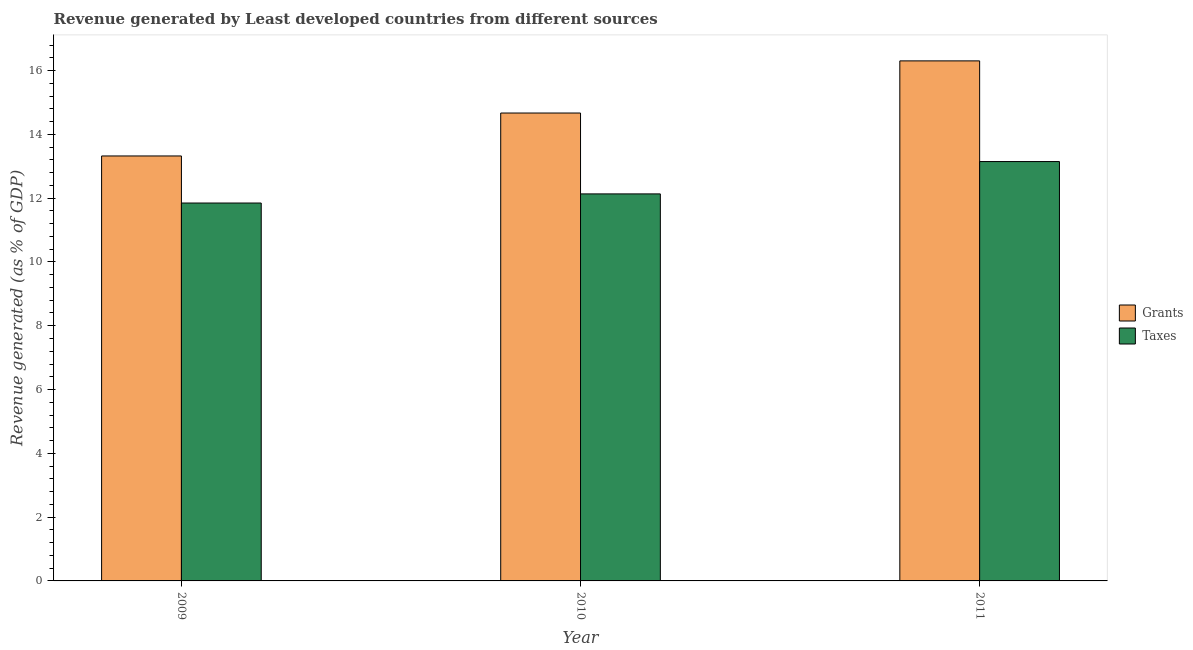
| Year | Grants | Taxes |
 | --- | --- | --- |
 | 2009 | 13.3 | 11.8 |
 | 2010 | 14.7 | 12.1 |
 | 2011 | 16.3 | 13.1 |